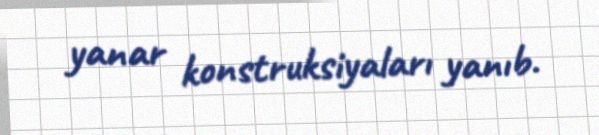
yanar konstruksiyaları yanıb.